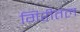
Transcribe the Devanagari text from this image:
गिरीतल